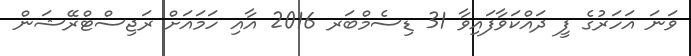
ވަނަ އަހަރުގެ ފީ ދައްކަވާފައިވާ 31 ޑިސެމްބަރ 2016 އާއި ހަމައަށް ރަޖިސްޓްރޭޝަން